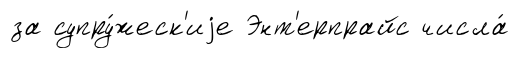
за супру́жеск'иjе Энт'ерпрайс числа́